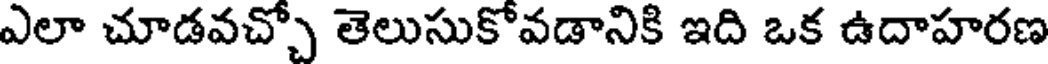
ఎలా చూడవచ్చో తెలుసుకోవడానికి ఇది ఒక ఉదాహరణ